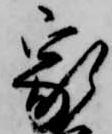
家